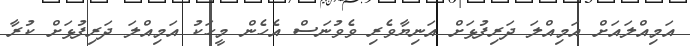
އަމިއްލައަށް އަމިއްލަ ދަރިފުޅަށް އަނިޔާވެރި ވެވުނަސް އެހެން މީހަކު އަމިއްލަ ދަރިފުޅަށް ކުރާ